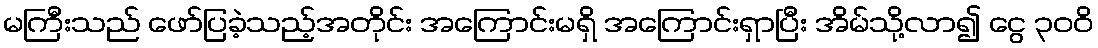
မကြီးသည် ဖော်ပြခဲ့သည့်အတိုင်း အကြောင်းမရှိ အကြောင်းရှာပြီး အိမ်သို့လာ၍ ငွေ ၃၀၀ိ